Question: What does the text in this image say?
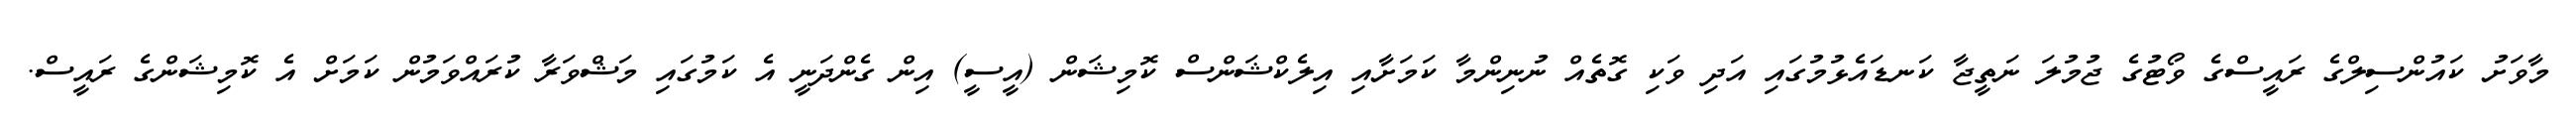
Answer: މާވަށު ކައުންސިލްގެ ރައީސްގެ ވޯޓުގެ ޖުމުލަ ނަތީޖާ ކަނޑައެޅުމުގައި އަދި ވަކި ގޮތެއް ނުނިންމާ ކަމަށާއި އިލެކްޝަންސް ކޮމިޝަން (އީސީ) އިން ގެންދަނީ އެ ކަމުގައި މަޝްވަރާ ކުރައްވަމުން ކަމަށް އެ ކޮމިޝަންގެ ރައީސް.